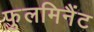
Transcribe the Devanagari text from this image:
फुलमिनैंट